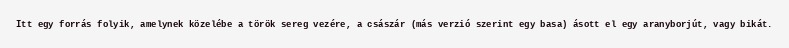
Itt egy forrás folyik, amelynek közelébe a török sereg vezére, a császár (más verzió szerint egy basa) ásott el egy aranyborjút, vagy bikát.